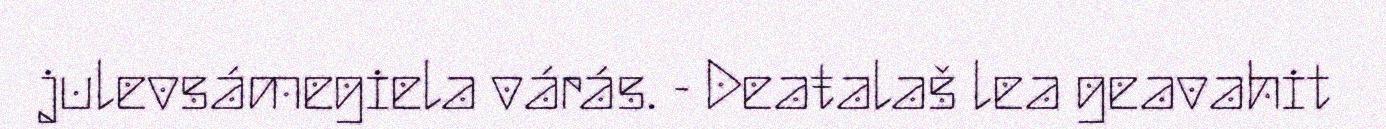
julevsámegiela várás. - Deaŧalaš lea geavahit